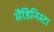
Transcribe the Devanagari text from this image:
सैंडिनिस्टा